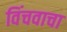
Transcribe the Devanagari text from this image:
विंचवाचा